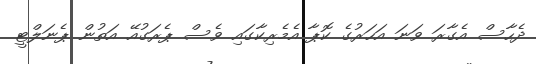
ދެހާސް އެގާރަ ވަނަ އަހަރުގެ ކޮޕާ އެމެރިކާގައި ވެސް ޕެރަގުއޭ އަތުން ޕެނަލްޓީ